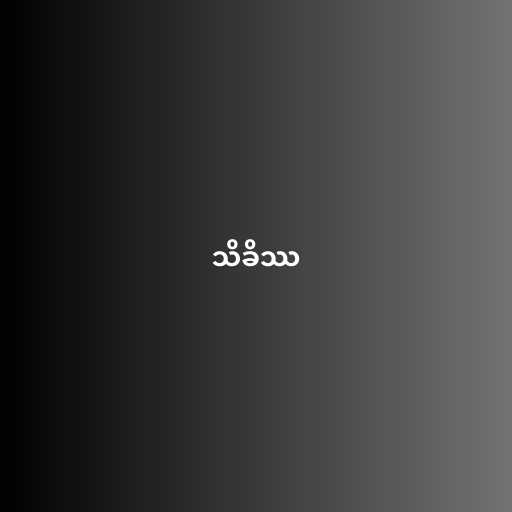
သိခိဿ